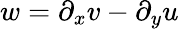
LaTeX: w=\partial_{x}v-\partial_{y}u